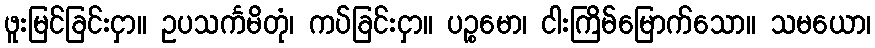
ဖူးမြင်ခြင်းငှာ။ ဥပသင်္ကမိတုံ၊ ကပ်ခြင်းငှာ။ ပဉ္စမော၊ ငါးကြိမ်မြောက်သော။ သမယော၊